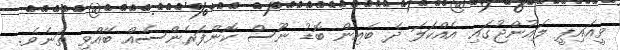
ވީއައިޕީ ލައުންޖުގައި އެއްކަލަ ދެ ބެއިން ބޮޑު ނޫސް ކޮންފަރެންސެއް ބޭއްވި ތަނެވެ.